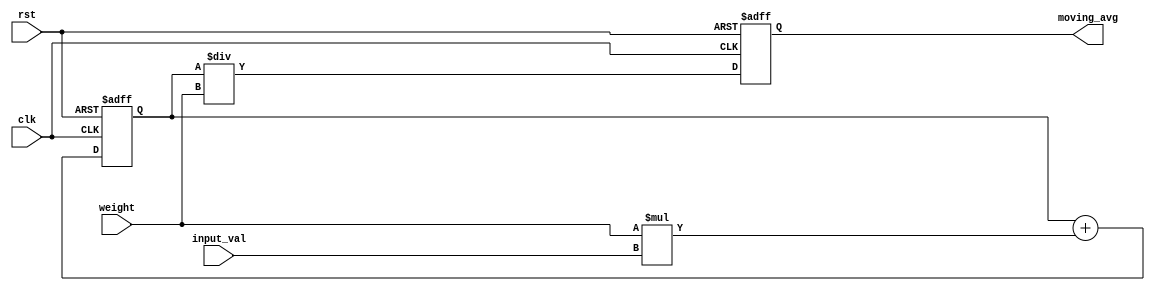
module Weighted_Moving_Average(
    input clk, // Clock signal
    input rst, // Reset signal
    input [7:0] weight, // User-specified weight
    input [7:0] input_val, // Input value
    output reg [15:0] moving_avg // Output value
);

reg [15:0] sum; // Variable to store the sum of weighted values

always @(posedge clk or posedge rst) begin
    if (rst) begin
        sum <= 16'd0; // Reset sum value
        moving_avg <= 16'd0; // Reset moving average value
    end else begin
        sum <= sum + (weight * input_val); // Calculate the sum of weighted values
        moving_avg <= sum / weight; // Calculate the moving average
    end
end

endmodule